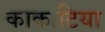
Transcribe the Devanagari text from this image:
काकाटिया